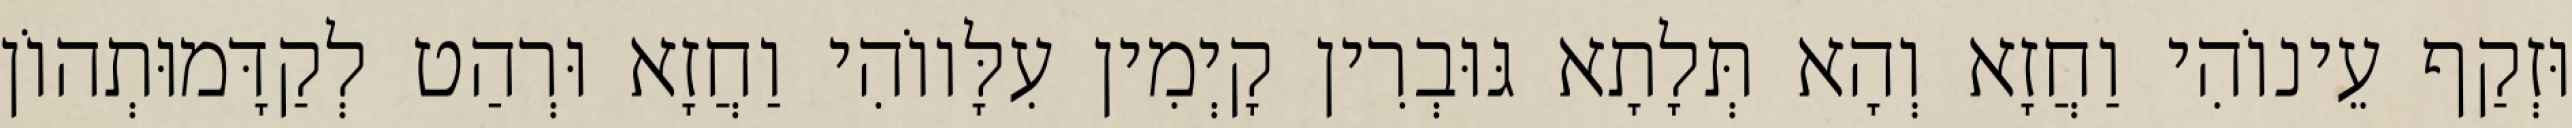
וּזְקַף עֵינוֹהִי וַחֲזָא וְהָא תְּלָתָא גּוּבְרִין קָיְמִין עִלָּווֹהִי וַחֲזָא וּרְהַט לְקַדָּמוּתְהוֹן